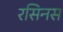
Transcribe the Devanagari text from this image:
रसिनस